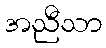
အညီသာ